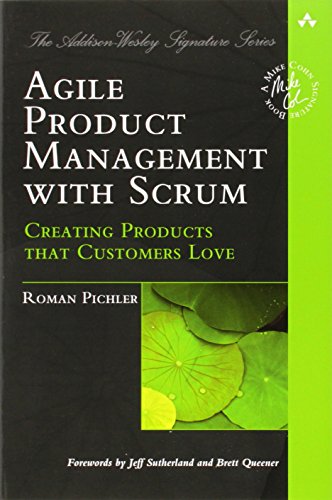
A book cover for Agile Product Management with Scrum: Creating Products that Customers Love (Addison-Wesley Signature Series (Cohn)); Roman Pichler; Computers & Technology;